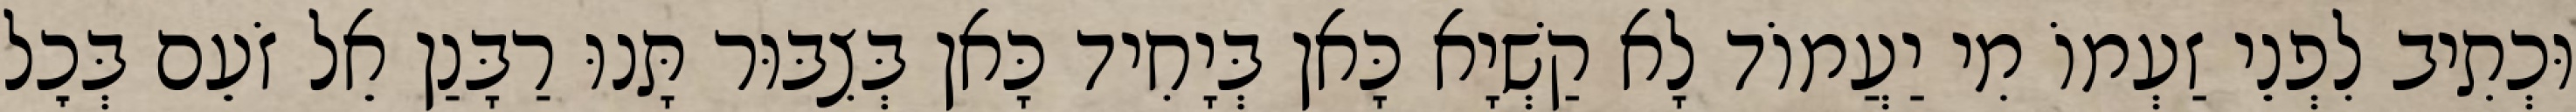
וּכְתִיב לִפְנֵי זַעְמוֹ מִי יַעֲמוֹד לָא קַשְׁיָא כָּאן בְּיָחִיד כָּאן בְּצִבּוּר תָּנוּ רַבָּנַן אֵל זֹעֵם בְּכׇל